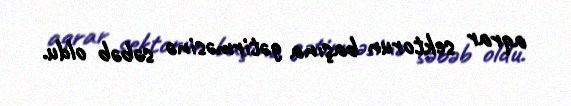
aqrar sektorun başına gətirməsinə səbəb oldu.